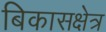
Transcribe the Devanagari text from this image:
बिकासक्षेत्र